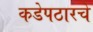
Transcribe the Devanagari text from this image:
कडेपठारचे